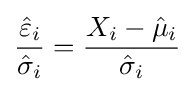
{\frac {{\hat {\varepsilon }}_{i}}{{\hat {\sigma }}_{i}}}={\frac {X_{i}-{\hat {\mu }}_{i}}{{\hat {\sigma }}_{i}}}